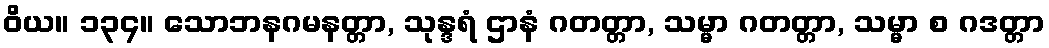
ဝိယ။ ၁၃၄။ သောဘနဂမနတ္တာ, သုန္ဒရံ ဌာနံ ဂတတ္တာ, သမ္မာ ဂတတ္တာ, သမ္မာ စ ဂဒတ္တာ